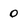
Character: 0